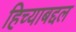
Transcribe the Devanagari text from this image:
हिच्याबद्दल